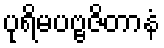
ပုရိမပဗ္ဗဇိတာနံ